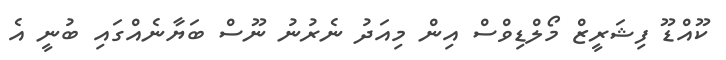
ކޫއްޑޫ ފިޝަރީޒް މޯލްޑިވްސް އިން މިއަދު ނެރުނު ނޫސް ބަޔާނެއްގައި ބުނީ އެ